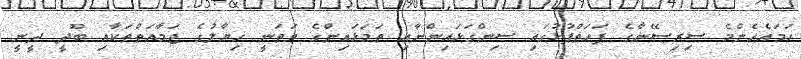
ހަމައެހެންމެ ސިރިސޭނާގެ ފަހަތްޕުޅުގައި ސިންގަޅައިންނާއި ތަމަޅައިންގެ ވަތަނީ ޚިޔާލުގެ ޖަމާއަތްތަކާއި ބޫދީ ދީނީ